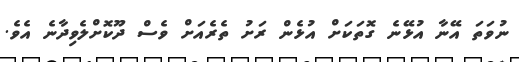
ނުވަތަ އޭނާ އުޅޭނެ ގޮތަކަށް އުޅެން ރަށު ތެރެއަށް ވެސް ދޫކޮށްލެވިދާނެ އެވެ.